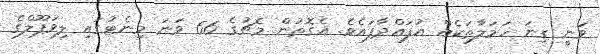
ވަނީ ގިނަ ހަމަލާތަކެއް އުފައްދާފައެވެ. އެގޮތުން މެޗުގެ 66 ވަނަ މިނެޓުގައި ލިވަޕޫލްގެ